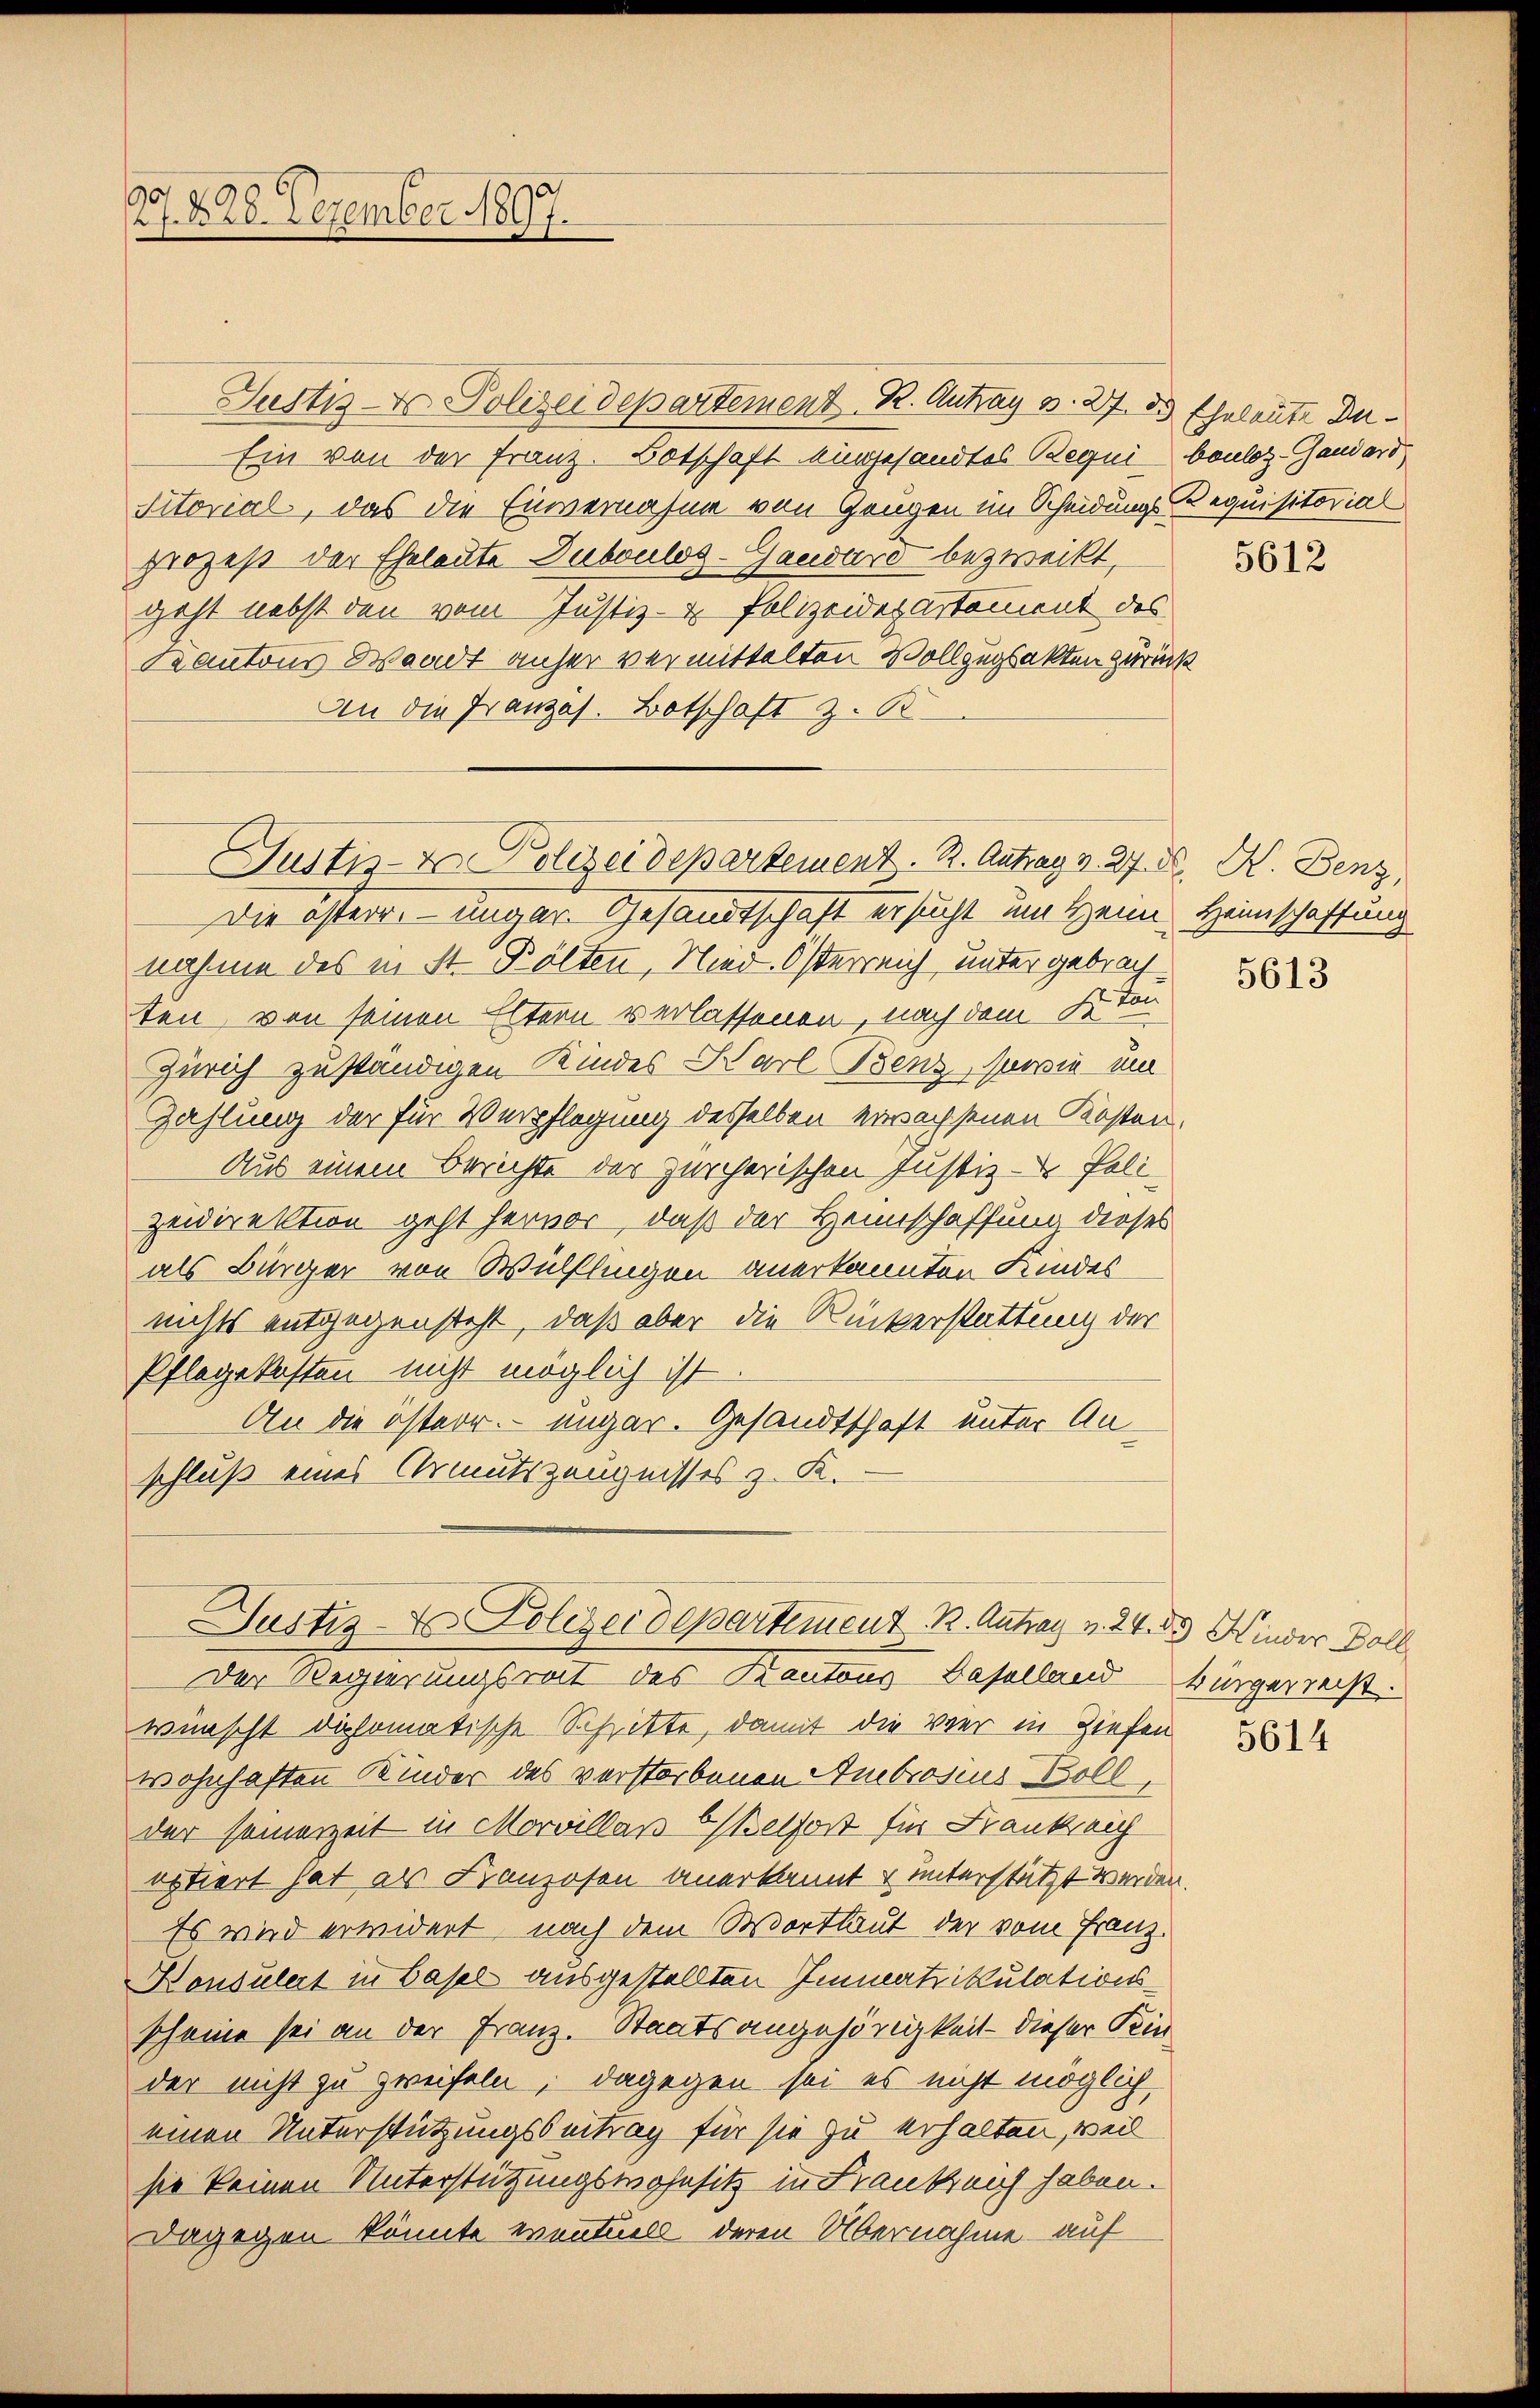
90
21. d. 28. Dezember 1897.

Justiz- & Polizeidepartement R. Antrag v. 27. 25 Eheleute Du¬
Ein von der Franz. Botschaft eingesandtes Requi¬
Sitorial, das die Einvernahme von Zeugen im Scheidungs-Requisitorial
prozeß der Eheleute Duboulog-Gaudard bezweckt,
geht nebst den vom Justiz- & Polizeidepartement des
Kantons Waadt anher vermittelten Vollzugsakten zurück.
An die Franzes. Botschaft z. B.
Justiz- & Polizeidepartement. R. Antrag v. 27. K. K. Benz
Die österr. – ungar. Gesandtschaft ersucht um Heimnahme des in St. Bölten, Nied. Österreich unter gebrachten, von seinen Eltern verlassenen, nach dem Ston
Zürich zuständigen Kindes Karl Benz, sowie um
Zahlung der für Verpflegung desselben erwachsenen Kosten,
Aus einem Berichte der zürcherischen Justiz- Poli-
zeidirektion geht hervor, daß der Heimschaffung dieses
als Bürger von Wülflingen anerkannten Kindes
nichts entgegensteht, daß aber die Rückerstattung der
Pflegekosten nicht möglich ist
An die österr. ungar. Gesandtschaft unter Anschluß eines Armutszeugnisses z. K.
Justiz- & Polizeidepartement R. Antrag v. 24. 55 Kinder Doll
Der Regierungsrat des Kantons Baselland bürgerreicht.
wünscht diplomatische Schritte, damit die vier in Ziehen
wohnhaften Kinder des verstorbenen Ambrosius Boll,
der seinerzeit in Morvillas OBelfort für Frankreich
optiert hat als Kranzosen anerkannt & unterstützt werden.
Es wird erwidert, nach dem Wortlaut der vom Franz.
Konsulert in Basel ausgestellten Immatrikulationsscheine sei an der Franz. Staatsangehörigkeit - dieser Kinder nicht zu zweifeln, dagegen sei es nicht möglich
einen Unterstützungsbeitrag für sie zu erhalten, weil
sie keinen Unterstützungswahnsitz in Frankreich haben.
Dagegen könnte eventuell deren Übernahme auf

bauloz-Gandard

5612

Heimschaffung

5613

5614